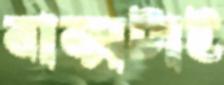
বাক্সটাই